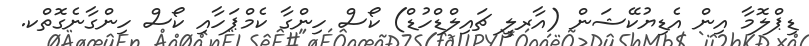
ޑިޕްލޮމާ އިން އެޑިޔުކޭޝަން (އާރލީ ޗައިލްޑްހުޑް) ކޯސް ހިންގާ ކެމްޕަހާއި ކޯސް ހިންގާނެގޮތްކ.